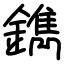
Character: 鐫